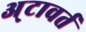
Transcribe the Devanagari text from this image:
अ्टावर्त